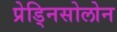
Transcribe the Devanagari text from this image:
प्रेड्निसोलोन